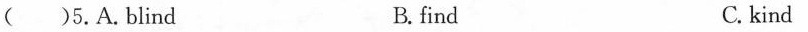
( )5.A.blind B. find C.kind